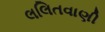
લલિતવાણી